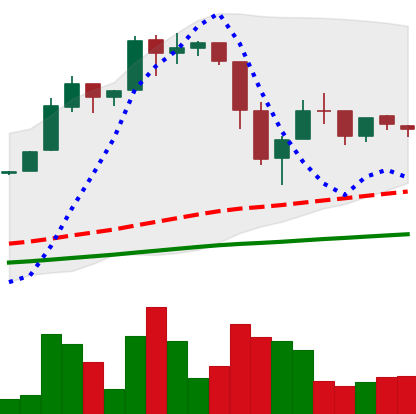
Ticker: BTC-USD
Chart end date: 2016-06-29
Forward return: 6.84%
Label: up_5_7